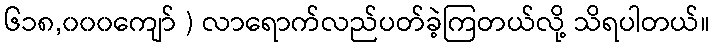
၆၁၈,၀၀၀ကျော် ) လာရောက်လည်ပတ်ခဲ့ကြတယ်လို့ သိရပါတယ်။